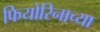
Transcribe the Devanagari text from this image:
फियोरिनाच्या